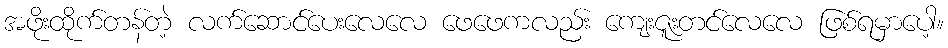
အဖိုးထိုက်တန်တဲ့ လက်ဆောင်ပေးလေလေ ဖေဖေကလည်း ကျေးဇူးတင်လေလေ ဖြစ်ရမှာပေါ့။